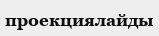
проекциялайды